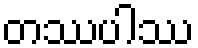
တဿပါဿ